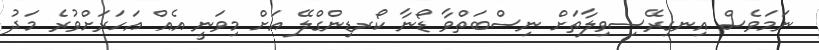
ނަމަވެސް އިނގިރޭސިވިލާތަށް ނިސްބަތްވާ ޑޯނާ ކޯރޑިންގްލޭ އަށް މިވަނީ އެއް އަހަރަށްވުރެ މަދު